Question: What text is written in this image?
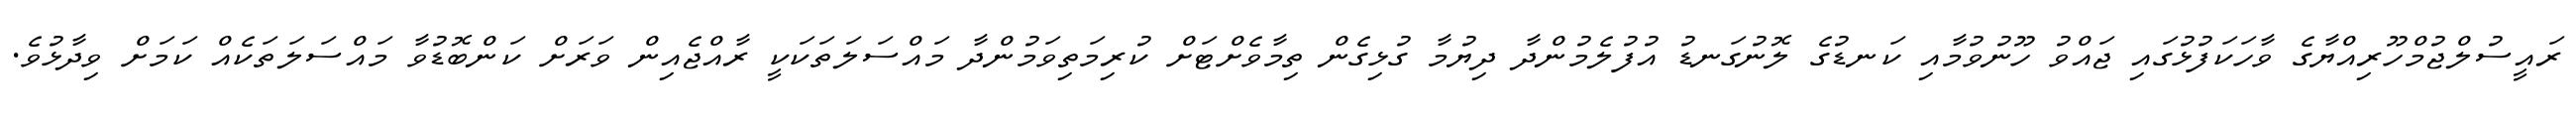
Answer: ރައީސުލްޖުމްހޫރިއްޔާގެ ވާހަކަފުޅުގައި ޖައްވު ހޫނުވުމާއި ކަނޑުގެ ލޮނުގަނޑު އުފުލެމުންދާ ދިޔުމާ ގުޅިގެން ތިމާވެށްޓަށް ކުރިމަތިވަމުންދާ މައްސަލަތަކަކީ ރާއްޖެއިން ވަރަށް ކަންބޮޑުވާ މައްސަލަތަކެއް ކަމަށް ވިދާޅުވެ.